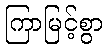
ကြာမြင့်စွာ